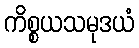
ကိစ္စယသမုဒယံ